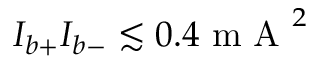
I _ { b + } I _ { b - } \lesssim 0 . 4 \mathrm { ~ m ~ A ~ } ^ { 2 }